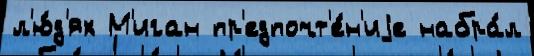
л'ю́д'ях М'иган пр'едпочт'е́н'иjе набра́л